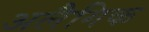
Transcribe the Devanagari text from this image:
अलैगिक